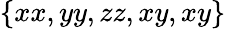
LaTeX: \{ xx,yy,zz,xy,xy\}